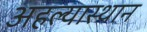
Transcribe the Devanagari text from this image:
अहल्यास्थान